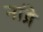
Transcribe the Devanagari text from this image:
नांद्रे